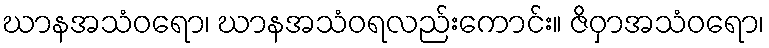
ဃာနအသံဝရော၊ ဃာနအသံဝရလည်းကောင်း။ ဇိဝှာအသံဝရော၊